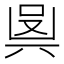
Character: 𠔛